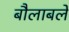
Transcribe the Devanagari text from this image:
बौलाबले